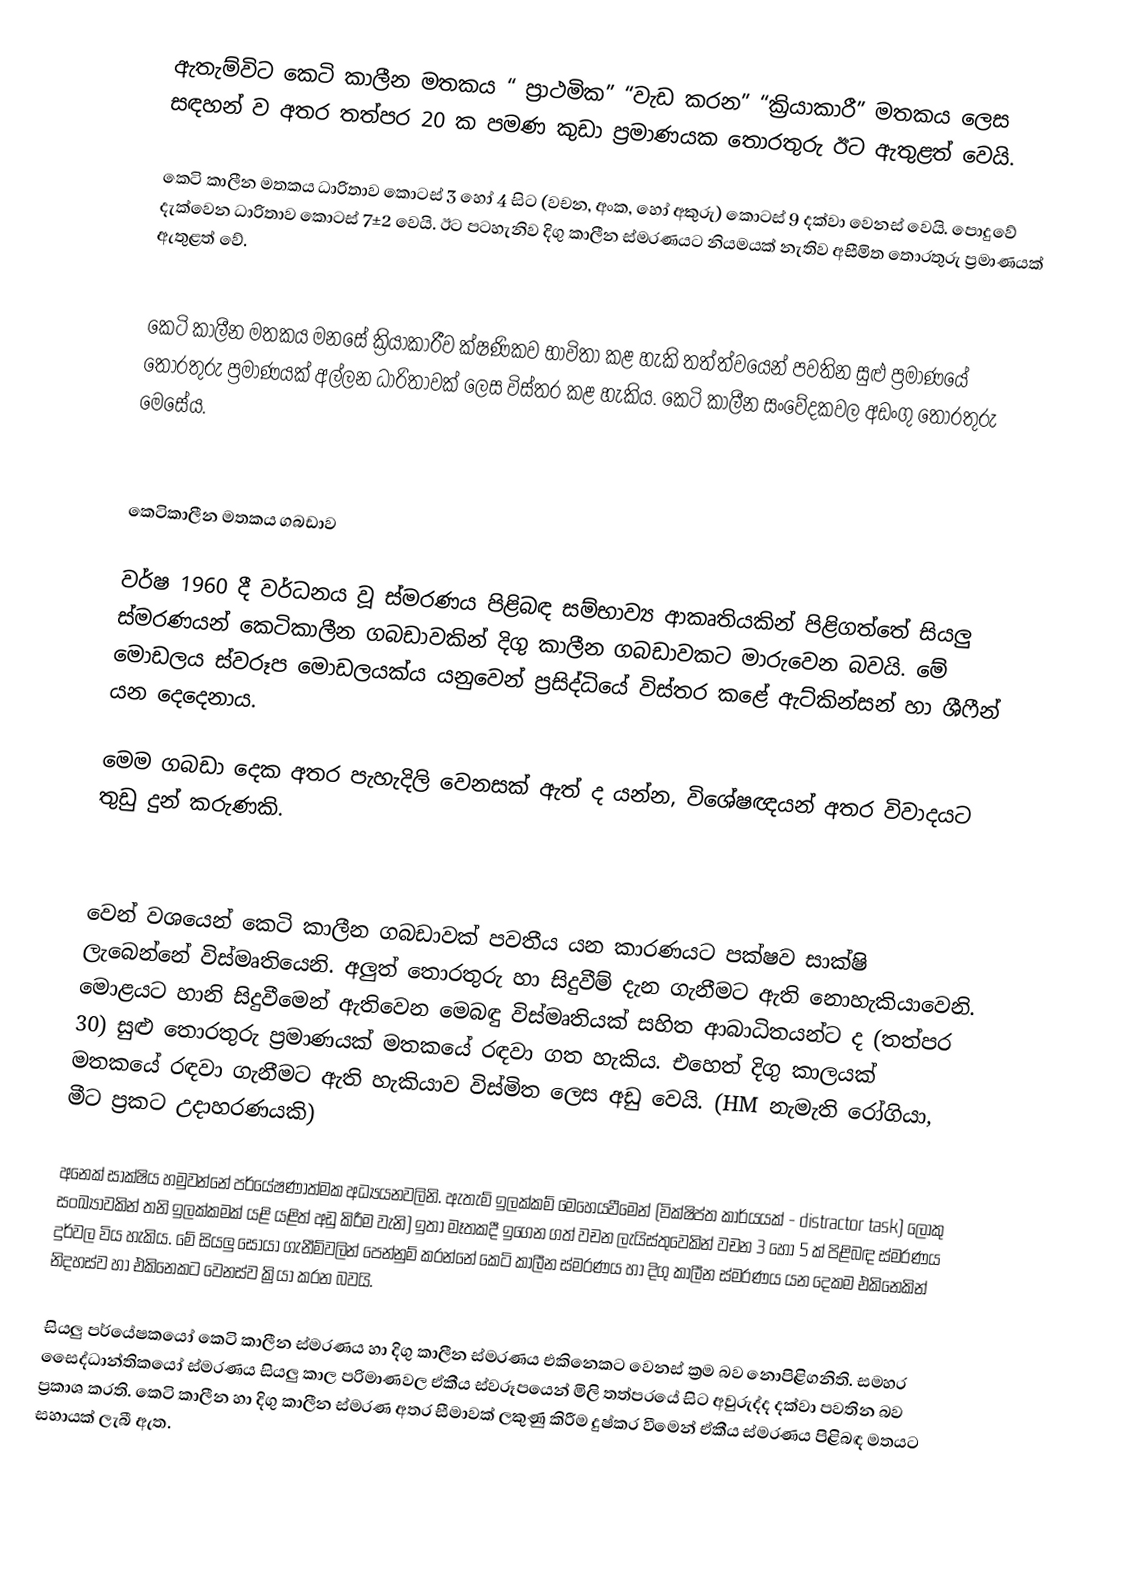
ඇතැම්විට කෙටි කාලීන මතකය “ ප්‍රාථමික” “වැඩ කරන” “ක්‍රියාකාරී” මතකය ලෙස සඳහන් ව අතර තත්පර 20 ක පමණ කුඩා ප්‍රමාණයක තොරතුරු ඊට ඇතුළත් වෙයි.

කෙටි කාලීන මතකය ධාරිතාව කොටස් 3 හෝ 4 සිට (වචන, අංක, හෝ අකුරු) කොටස් 9 දක්වා වෙනස් වෙයි. පොදුවේ දැක්වෙන ධාරිතාව කොටස් 7±2 වෙයි. ඊට පටහැනිව දිගු කාලීන ස්මරණයට නියමයක් නැතිව අසීමිත තොරතුරු ප්‍රමාණයක් ඇතුළත් වේ.

කෙටි කාලීන මතකය මනසේ ක්‍රියාකාරීව ක්ෂණිකව භාවිතා කළ හැකි තත්ත්වයෙන් පවතින සුළු ප්‍රමාණයේ තොරතුරු ප්‍රමාණයක් අල්ලන ධාරිතාවක් ලෙස විස්තර කළ හැකිය. කෙටි කාලීන සංවේදකවල අඩංගු තොරතුරු මෙසේය.

කෙටිකාලීන මතකය ගබඩාව

වර්ෂ 1960 දී වර්ධනය වූ ස්මරණය පිළිබඳ සම්භාව්‍ය ආකෘතියකින් පිළිගත්තේ සියලු ස්මරණයන් කෙටිකාලීන ගබඩාවකින් දිගු කාලීන ගබඩාවකට මාරුවෙන බවයි. මේ මොඩලය ස්වරූප මොඩලයක්ය යනුවෙන් ප්‍රසිද්ධියේ විස්තර කළේ ඇට්කින්සන් හා ශීෆීන් යන දෙදෙනාය.

මෙම ගබඩා දෙක අතර පැහැදිලි වෙනසක් ඇත් ද යන්න, විශේෂඥයන් අතර විවාදයට තුඩු දුන් කරුණකි.

වෙන් වශයෙන් කෙටි කාලීන ගබඩාවක් පවතීය යන කාරණයට පක්ෂව සාක්ෂි ලැබෙන්නේ විස්මෘතියෙනි. අලුත් තොරතුරු හා සිදුවීම් දැන ගැනීමට ඇති නොහැකියාවෙනි. මොළයට හානි සිදුවීමෙන්  ඇතිවෙන මෙබඳු විස්මෘතියක් සහිත ආබාධිතයන්ට ද (තත්පර 30) සුළු තොරතුරු ප්‍රමාණයක් මතකයේ රඳවා ගත හැකිය. එහෙත් දිගු කාලයක් මතකයේ රඳවා ගැනීමට ඇති හැකියාව විස්මිත ලෙස අඩු වෙයි. (HM නැමැති රෝගියා, මීට ප්‍රකට උදාහරණයකි)

අනෙක් සාක්ෂිය හමුවන්නේ පර්යේෂණාත්මක අධ්‍යයනවලිනි. ඇතැම් ඉලක්කම් මෙහෙයවීමෙන් (වික්ෂිප්ත කාර්යයක් - distractor task) ලොකු සංඛ්‍යාවකින් තනි ඉලක්කමක් යළි යළිත් අඩු කිරීම වැනි) ඉතා මෑතකදී ඉගෙන ගත් වචන ලැයිස්තුවෙකින් වචන 3 හෝ 5 ක් පිළිබඳ ස්මරණය දුර්වල විය හැකිය. මේ සියලු සොයා ගැනීම්වලින් පෙන්නුම් කරන්නේ කෙටි කාලීන ස්මරණය හා දිගු කාලීන ස්මරණය යන දෙකම එකිනෙකින් නිදහස්ව හා එකිනෙකට වෙනස්ව ක්‍රියා කරන බවයි.

සියලු පර්යේෂකයෝ කෙටි කාලීන ස්මරණය හා දිගු කාලීන ස්මරණය එකිනෙකට වෙනස් ක්‍රම බව නොපිළිගනිති. සමහර සෛද්ධාන්තිකයෝ ස්මරණය සියලු කාල පරිමාණවල ඒකීය ස්වරූපයෙන් මිලි තත්පරයේ සිට අවුරුද්ද දක්වා පවතින බව ප්‍රකාශ කරති. කෙටි කාලීන හා දිගු කාලීන ස්මරණ අතර සීමාවක් ලකුණු කිරීම දුෂ්කර වීමෙන් ඒකීය ස්මරණය පිළිබඳ මතයට සහායක් ලැබී ඇත.